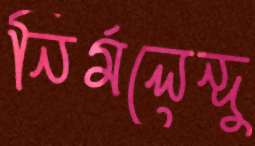
নির্মলেন্দু